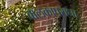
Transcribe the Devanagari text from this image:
बालकापराधा